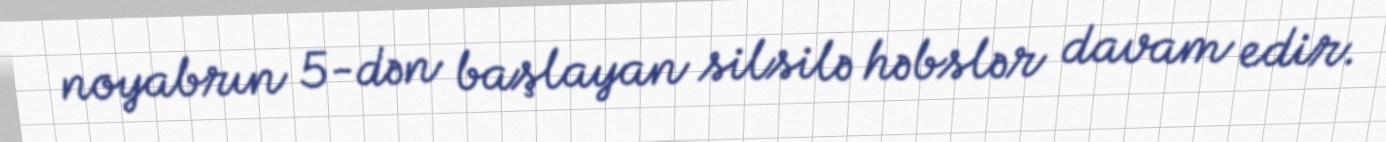
noyabrın 5-dən başlayan silsilə həbslər davam edir.